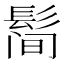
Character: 𱆀